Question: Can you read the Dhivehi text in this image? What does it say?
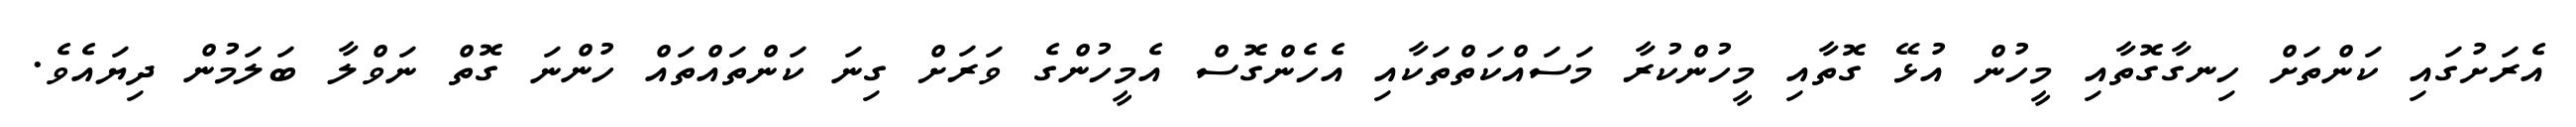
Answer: އެރަށުގައި ކަންތަށް ހިނގާގޮތާއި މީހުން އުޅޭ ގޮތާއި މީހުންކުރާ މަސައްކަތްތަކާއި އެހެންގޮސް އެމީހުންގެ ވަރަށް ގިނަ ކަންތައްތައް ހުންނަ ގޮތް ނަވްލާ ބަލަމުން ދިޔައެވެ.